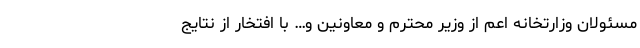
مسئولان وزارتخانه اعم از وزیر محترم و معاونین و… با افتخار از نتایج